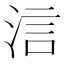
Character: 𣵧